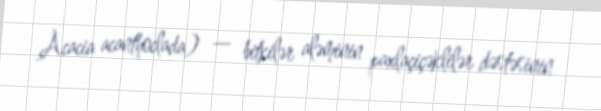
Acacia acanthoclada) — bitkilər aləminin paxlaçiçəklilər dəstəsinin